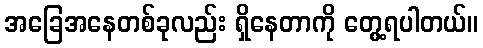
အခြေအနေတစ်ခုလည်း ရှိနေတာကို တွေ့ရပါတယ်။